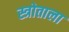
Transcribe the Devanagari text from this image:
स्त्रोताला